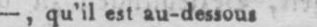
-, qu’il est au-dessous